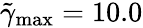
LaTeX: \tilde{\gamma}_{\mathrm{max}}=10.0